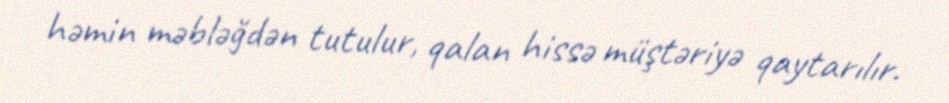
həmin məbləğdən tutulur, qalan hissə müştəriyə qaytarılır.